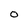
Character: O